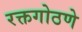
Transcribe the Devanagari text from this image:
रक्तगोठणे